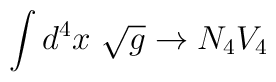
\int d^4x\ \sqrt{g} \rightarrow N_4 V_4